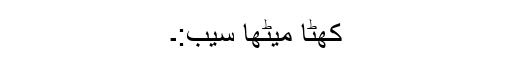
کھٹا میٹھا سیب:۔